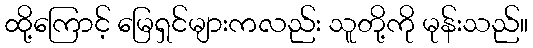
ထို့ကြောင့် မြေရှင်များကလည်း သူတို့ကို မုန်းသည်။